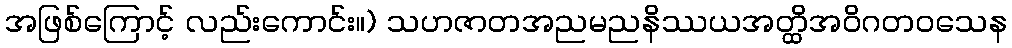
အဖြစ်ကြောင့် လည်းကောင်း။) သဟဇာတအညမညနိဿယအတ္ထိအဝိဂတဝသေန